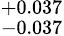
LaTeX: ^{+0.037}_{-0.037}